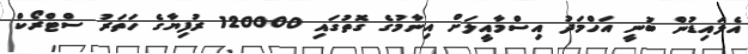
އެލައިޑުން ބުނީ އަހްމަދު އިސްމާއީލަށް އިނާމުގެ ގޮތުގައި 120000 ރުފިޔާގެ ހަތަރު ސްޓްރޯކް